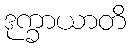
ဒုက္ခာယာတိ